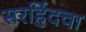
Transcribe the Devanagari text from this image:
सरहिंदचा